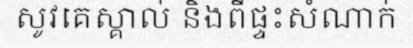
សូវគេស្គាល់ និងពីផ្ទះសំណាក់